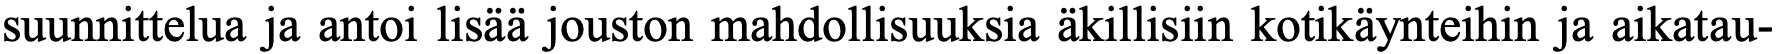
suunnittelua ja antoi lisää jouston mahdollisuuksia äkillisiin kotikäynteihin ja aikatau-